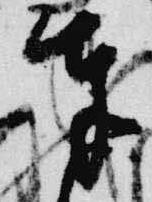
奉